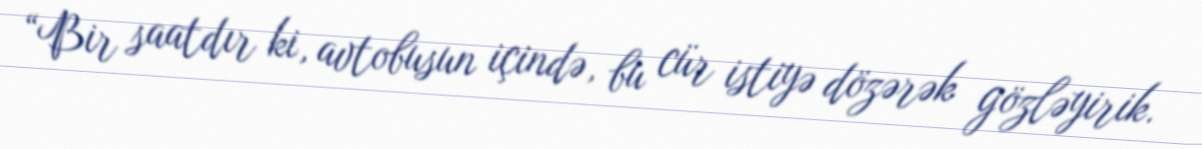
“Bir saatdır ki, avtobusun içində, bu cür istiyə dözərək gözləyirik.